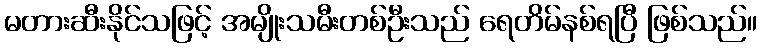
မတားဆီးနိုင်သဖြင့် အမျိုးသမီးတစ်ဦးသည် ရေတိမ်နစ်ရပြီ ဖြစ်သည်။